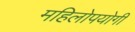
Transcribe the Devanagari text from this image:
महिलोपयोगी